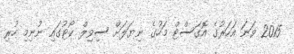
2015 ވަނަ އަހަރުގެ އޮގަސްޓް މަހުގެ ނިޔަލަށް ސިވިލް ކޯޓުގައި ނުނިމި ހުރި